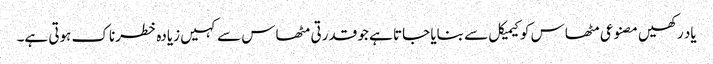
یاد رکھیں مصنوعی مٹھاس کو کیمیکل سے بنایا جاتا ہے جو قدرتی مٹھاس سے کہیں زیادہ خطرناک ہوتی ہے۔